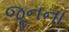
જૂનના